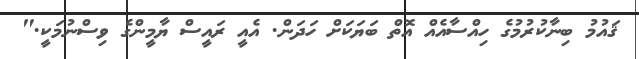
ޤައުމު ބިނާކުރުމުގެ ހިއްސާއެއް އޮތް ބަޔަކަށް ހަދަން. އެއީ ރައީސް ޔާމީންގެ ވިސްނުމަކީ."